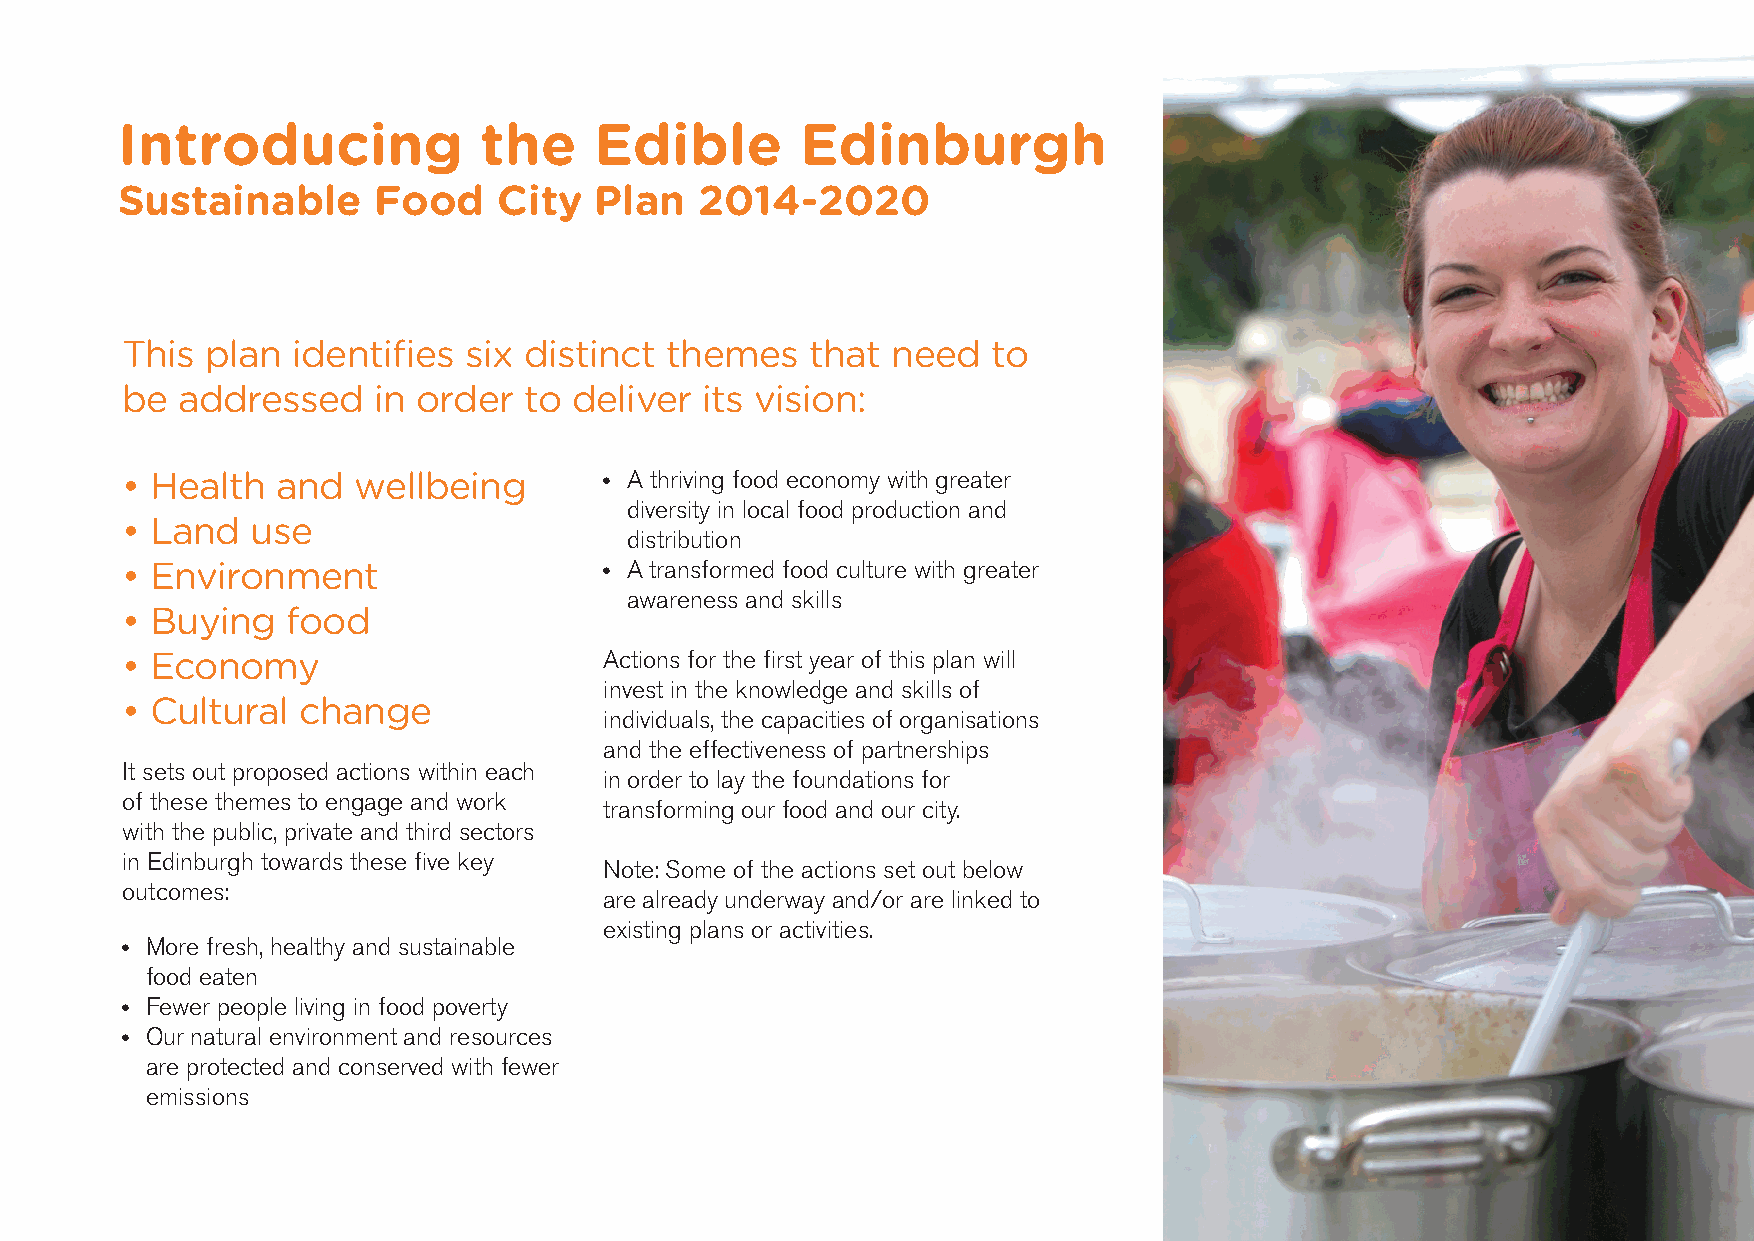
Introducing             the    Edible        Edinburgh
 Sustainable      Food    City  Plan   2014-2020
 This  plan identifies  six distinct themes    that need   to
 be  addressed    in order  to deliver its vision:
 • Health  and  wellbeing        • A thriving food economy with greater
 diversity in local food production and
 • Land   use
 distribution
 • Environment                   • A transformed food culture with greater
 awareness and skills
 • Buying   food
 • Economy                       Actions for the first year of this plan will
 invest in the knowledge and skills of
 • Cultural  change
 individuals, the capacities of organisations
 and the effectiveness of partnerships
 It sets out proposed actions within each
 in order to lay the foundations for
 of these themes to engage and work
 transforming our food and our city.
 with the public, private and third sectors
 in Edinburgh towards these five key
 Note: Some of the actions set out below
 outcomes:
 are already underway and/or are linked to
 existing plans or activities.
 • More fresh, healthy and sustainable
 food eaten
 • Fewer people living in food poverty
 • Our natural environment and resources
 are protected and conserved with fewer
 emissions
 07